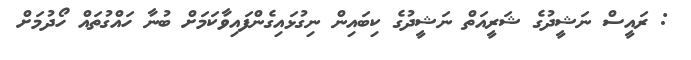
: ރައީސް ނަޝީދުގެ ޝަރީއަތް ނަޝީދުގެ ކިބައިން ނިގުޅައިގެންފައިވާކަމަށް ބުނާ ހައްގުތައް ހޯދުމަށް